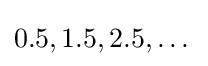
0.5,1.5,2.5,\dots